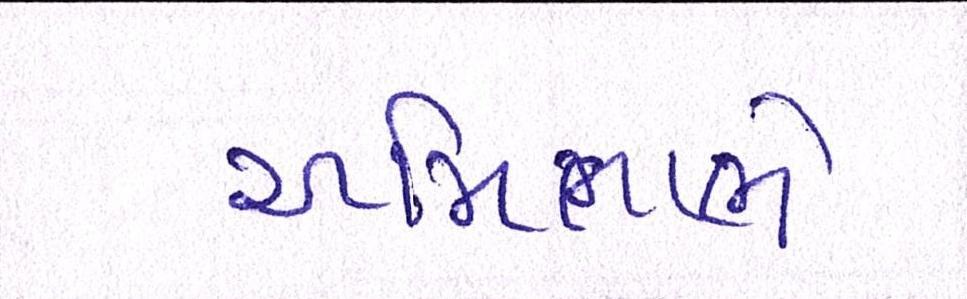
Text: અમિતાભે